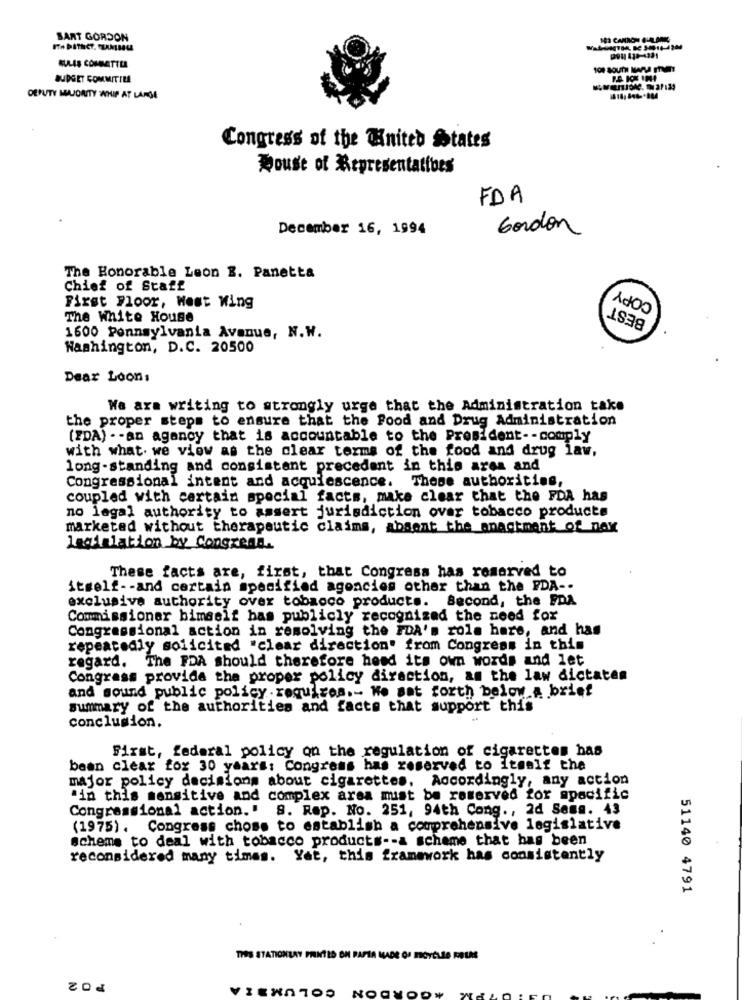
SART GORDON
191 130-1321
AULAS COMMETTER
BUDGET COMMITILE
DEPUTY MEUIONITY :WHIP AT LARGE
Congress of the United States
House of Representatives
FDA
December 16, 1994
Gordon
The Honorable Leon B. Panetta
COPY
Chief of Staff
BEST
First Floor, West Wing
The White House
1600 Pennsylvania Avenue, N.W.
Washington, D.C. 20500
Dear Loon:
We ara writing to strongly urge that the Administration take
the proper steps to ensure that the Food and Drug Administration
(FDA) - - an agency that is accountable to the President -- comply
with what we view as the clear terms of the food and drug law,
long -standing and consistant precedent in this area and
Congressional intent and acquiescence. These authorities,
coupled with certain special facts, make clear that the FDA has
no legal authority to assert jurisdiction over tobacco products
marketed without therapeutic claims, absent the anactment of max
Legislation by Congrend.
These facts are, first, that Congress has reserved to
itself -- and certain specified agencies other than the FDA --
exclusive authority over tobacco products. Second, the FDA
Commissioner himself bas publicly recognized the need for
Congressional action in resolving the FDA's role hare, and has
repeatedly solicited "clear direction" from Congress in this
regard. The FDA should therefore head its own words and let
Congrass provide the proper policy direction, am the law dictates
and sound public policy .requires .- We sat forth below a brief
summary of the authorities and facts that support this
conclusion.
First, federal policy on the regulation of cigarettes has
bean clear for 30 years: Congress has reserved to Itself the
major policy decisions about cigarettes. Accordingly, any action
"in this sensitive and complex area must be reserved for specific
Congressional action.' S. Rep. No. 251, 94th Cong ., 2d Sess. 43
(1975). Congress chose to establish a comprehensive legislative
scheme to deal with tobacco products -- a scheme that has been
reconsidered many times. Yet, this framework has consistently
51140 4791
TIRS STATIONLAY PRINTED ON RAPIA MADE OF IGYÉLES RELME